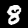
Label: 8